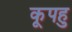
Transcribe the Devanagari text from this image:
कूपहु